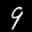
Label: 9